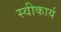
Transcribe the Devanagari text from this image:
स्‍वीकार्य